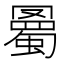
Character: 𧐰